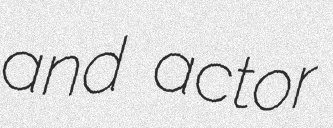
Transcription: and actor